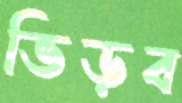
ভিড়ব